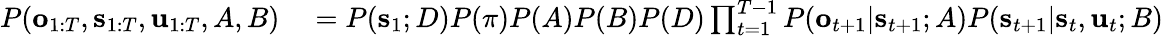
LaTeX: \begin{array}{rl}{P(\mathbf{o}_{1:T},\mathbf{s}_{1:T},\mathbf{u}_{1:T},A,B)}&{{}=P(\mathbf{s}_{1};D)P(\mathbf{\pi})P(A)P(B)P(D)\prod_{t=1}^{T-1}P(\mathbf{o}_{t+1}|\mathbf{s}_{t+1};A)P(\mathbf{s}_{t+1}|\mathbf{s}_{t},\mathbf{u}_{t};B)}\end{array}